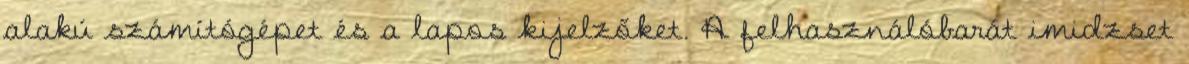
alakú számítógépet és a lapos kijelzőket. A felhasználóbarát imidzset